Vaccine operations Central Provinces 1886-1899 - 1886-1899
Year: 1886
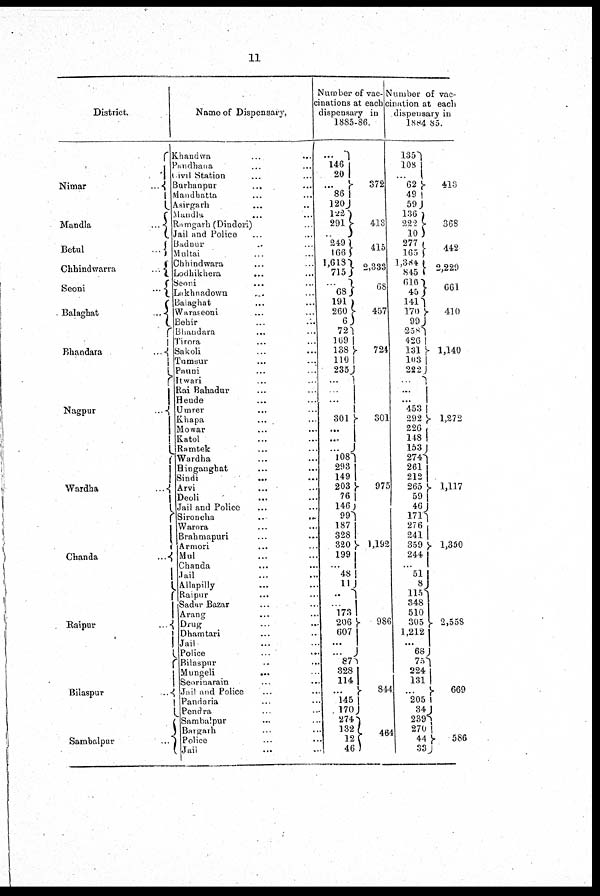
11
District.
Nimar
...
Mandla
...
Betul
...
Chhindwarra
...
Seoni
...
Balaghat
...
Bhandara
...
Nagpur
...
Wardha
...
Chanda
...
Raipur
...
Bilaspur
...
Sambalpur
...
Name of Dispensary.
Khandwa ... ...
Pandhana ... ...
Civil Station ... ...
Burhanpur ... ...
Mandhatta ... ...
Asirgarh ... ...
Mandla ... ...
Ramgarh (Dindori) ...
Jail and Police ... ...
Badnur ... ...
Multai ... ...
Chhindwara ... ...
Lodhikhera
... ...
Seoni ... ...
Lakhnadown ... ...
Balaghat ... ...
Waraseoni ... ...
Behir ... ...
Bhandara ... ...
Tirora ... ...
Sakoh ... ...
Tumsur ... ...
Pauni ... ...
Itwari ... ...
Rai Bahadur ... ...
Heude ... ...
Umrer ... ...
Khapa ... ...
Mowar ... ...
Katol ... ...
Ramtek ... ...
Wardha ... ...
Hinganghat ... ...
Sindi
... ...
Arvi ... ...
Deoli ... ...
Jail and Police ... ...
Sironcha
...
...
Warora
...
...
Brahmapuri ... ...
Armori ... ...
Mul ... ...
Chanda ... ...
Jail ... ...
Allapilly ... ...
Raipur ... ...
Sadar Bazar ... ...
Arang ... ...
Drug ... ...
Dhamtari ... ...
Jail ... ...
Police ... ...
Bilaspur ... ...
Mungeli
... ...
Seorinarain ... ...
Jail and Police ... ...
Pandaria ... ...
Pendra ... ...
Sambalpur ... ...
Bargarh ... ...
Police ... ...
Jail
... ...
Number of vac-
cinations at each
dispensary in
1885-86.
...
146
20
...
86
120
122
291
...
249
166
1,618
715
...
68
191
260
6
72
169
138
110
235
...
...
...
...
301
...
...
...
108
293
149
203
76
146
99
187
328
320
199
...
48
11
...
...
173
206
607
...
...
87
328
114
...
145
170
274
132
12
46
372
413
415
2,333
68
457
724
301
975
1,192
986
844
464
Number of vac-
cination at each
dispensary in
1884-85.
135
108
... 62
49
59
136
222
10
277
165
l,384
845
616
45
141
170
99
258
426
131
103
222
... ...
453
292
292
226
148
153
274
261
212
265
59
46
17l
276
241
359
244
... 51
8
115
348
510
305 1,212
...
68
75
224
131
... 205
34
239
270
44 33
413
368
442
2,229
661
410
1,140
1,272
1,117
1,350
2,558
669
586